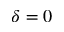
\delta = 0